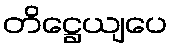
တိဋ္ဌေယျပေ